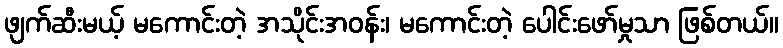
ဖျက်ဆီးမယ့် မကောင်းတဲ့ အသိုင်းအဝန်း၊ မကောင်းတဲ့ ပေါင်းဖော်မှုသာ ဖြစ်တယ်။